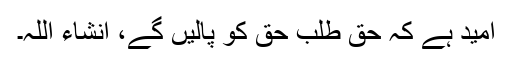
اُمید ہے کہ حق طلب حق کو پالیں گے، انشاء اللہ۔